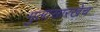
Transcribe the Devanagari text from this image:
मुलांसारखेच